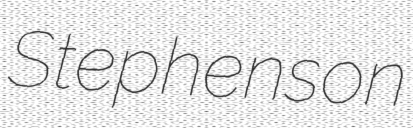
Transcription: Stephenson